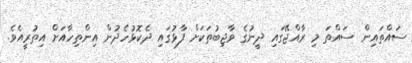
ސައްތައިން ސައްތަ މި ރާއްޖޭގައި ދީނުގެ ވާޖިބުތަކަށް ފާޅުގައި ދެކޮޅުހެދުން އިންތިހާއަށް އިތުރީއެވެ.